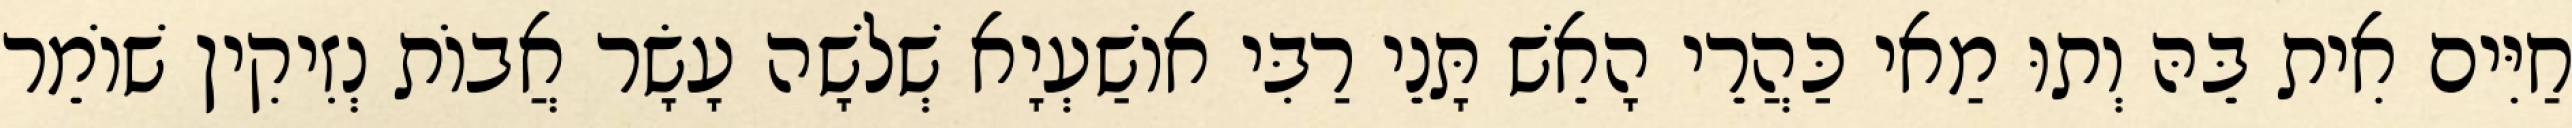
חַיִּים אִית בֵּהּ וְתוּ מַאי כַּהֲרֵי הָאֵשׁ תָּנֵי רַבִּי אוֹשַׁעְיָא שְׁלֹשָׁה עָשָׂר אֲבוֹת נְזִיקִין שׁוֹמֵר